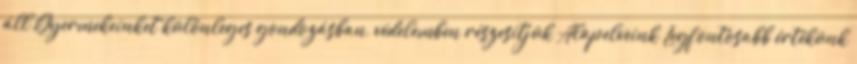
áll Gyermekeinket különleges gondozásban, védelemben részesítjük Alapelveink Legfontosabb értékünk